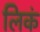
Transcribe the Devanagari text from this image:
लिकं